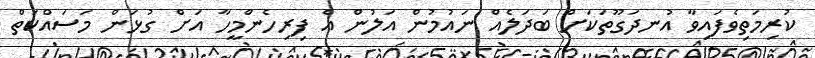
ކުރިމަތިވެފައިވާ އުނދަގޫތަކަށް ބަދަލެއް ނައުމުން އަލުން އެ ފިރިހެންމީހާ އަށް ގުޅަން މަސައްކަތް